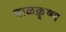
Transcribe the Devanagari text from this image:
बाळक़ॄष्‍ण